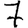
Digit: 7